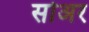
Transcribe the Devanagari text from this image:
सोअर